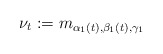
\begin{align*} \nu_t:=m_{\alpha_1(t),\beta_1(t),\gamma_1}\end{align*}